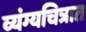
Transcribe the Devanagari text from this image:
व्यंग्यचित्रात